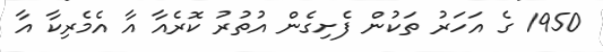
1950 ގެ އަހަރު ތަކުން ފެށިގެން އުތުރު ކޮރެއާ އާ އެމެރިކާ އާ